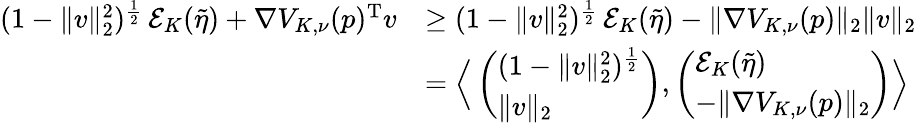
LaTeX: \begin{array}{rl}{(1-\| v\| _{2}^{2})^{\frac{1}{2}}\, \mathcal E_{K}(\tilde{\eta})+\nabla V_{K,\nu}(p)^{\mathrm{T}}v}&{\ge(1-\| v\| _{2}^{2})^{\frac{1}{2}}\, \mathcal E_{K}(\tilde{\eta})-\| \nabla V_{K,\nu}(p)\| _{2}\| v\| _{2}}\\ &{=\Big\langle\left(\begin{array}{l}{(1-\| v\| _{2}^{2})^{\frac{1}{2}}}\\ {\| v\| _{2}}\end{array}\right),\left(\begin{array}{l}{\mathcal E_{K}(\tilde{\eta})}\\ {-\| \nabla V_{K,\nu}(p)\| _{2}}\end{array}\right)\Big\rangle}\end{array}